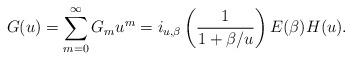
LaTeX: \begin{align*}G(u)=\sum_{m=0}^{\infty} G_mu^m= i_{u,\beta}\left(\frac{1}{1+\beta/u}\right) E(\beta) H(u).\end{align*}